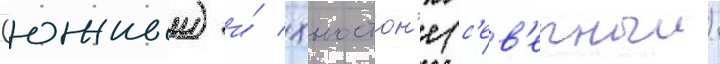
(южныи) и́ хьюстон'е (с'ев'ерныи)